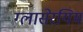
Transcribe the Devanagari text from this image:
ग्लासेरयिम